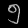
Digit: ၅